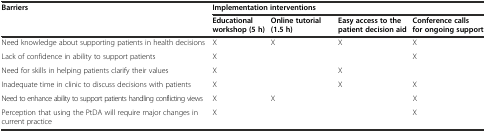
<table><thead><tr><td rowspan="2"><b>Barriers</b></td><td colspan="4"><b>Implementation interventions</b></td></tr><tr><td><b>Educational workshop (5 h)</b></td><td><b>Online tutorial (1.5 h)</b></td><td><b>Easy access to the patient decision aid</b></td><td><b>Conference calls for ongoing support</b></td></tr></thead><tbody><tr><td>Need knowledge about supporting patients in health decisions</td><td>X</td><td>X</td><td>X</td><td>X</td></tr><tr><td>Lack of confidence in ability to support patients</td><td>X</td><td></td><td></td><td>X</td></tr><tr><td>Need for skills in helping patients clarify their values</td><td>X</td><td></td><td>X</td><td></td></tr><tr><td>Inadequate time in clinic to discuss decisions with patients</td><td>X</td><td></td><td>X</td><td>X</td></tr><tr><td>Need to enhance ability to support patients handling conflicting views</td><td>X</td><td>X</td><td></td><td>X</td></tr><tr><td>Perception that using the PtDA will require major changes in current practice</td><td>X</td><td></td><td></td><td>X</td></tr></tbody></table>